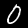
Digit: 0